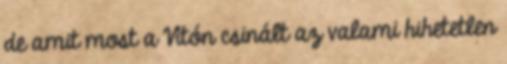
de amit most a Vítón csinált az valami hihetetlen